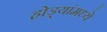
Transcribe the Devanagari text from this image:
होड्यांमध्ये